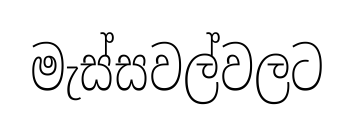
මැස්සවල්වලට